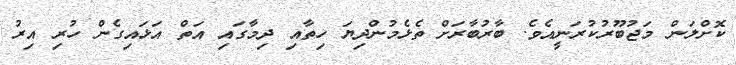
ކޮށްލަން މަޖުބޫރުކުރަނީއެވެ. ބާރުބާރަށް ތެޅެމުންދިޔަ ހިތާއި ދިމާގައި އަތް އަޅައިގެން ހުރި އިރު